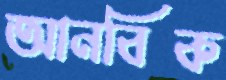
আনবিক